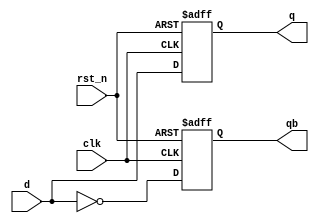
`timescale 1ns / 1ps

module d_ff(
    output reg q,
    output reg qb,
    input d,
    input rst_n,
    input clk
    );

    always @(posedge clk or negedge rst_n)
        if (!rst_n)
        begin
            q <= 0;
            qb <= 1;
        end
        else
        begin
            q <= d;
            qb <= ~d;
        end

endmodule